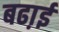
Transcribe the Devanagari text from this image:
बढा़ई